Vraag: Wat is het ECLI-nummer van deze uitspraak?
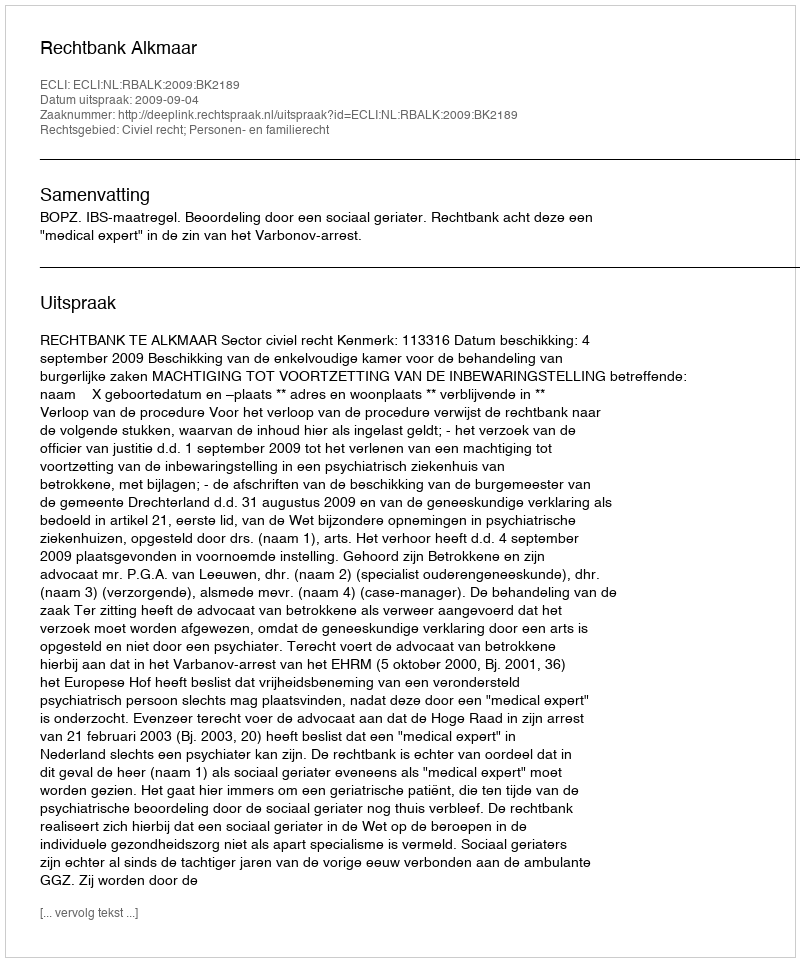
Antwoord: ECLI:NL:RBALK:2009:BK2189